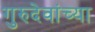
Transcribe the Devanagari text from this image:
गुरुदेवांच्या